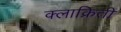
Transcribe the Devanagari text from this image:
क्लाक्रितीं